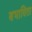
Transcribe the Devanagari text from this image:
बभाविता